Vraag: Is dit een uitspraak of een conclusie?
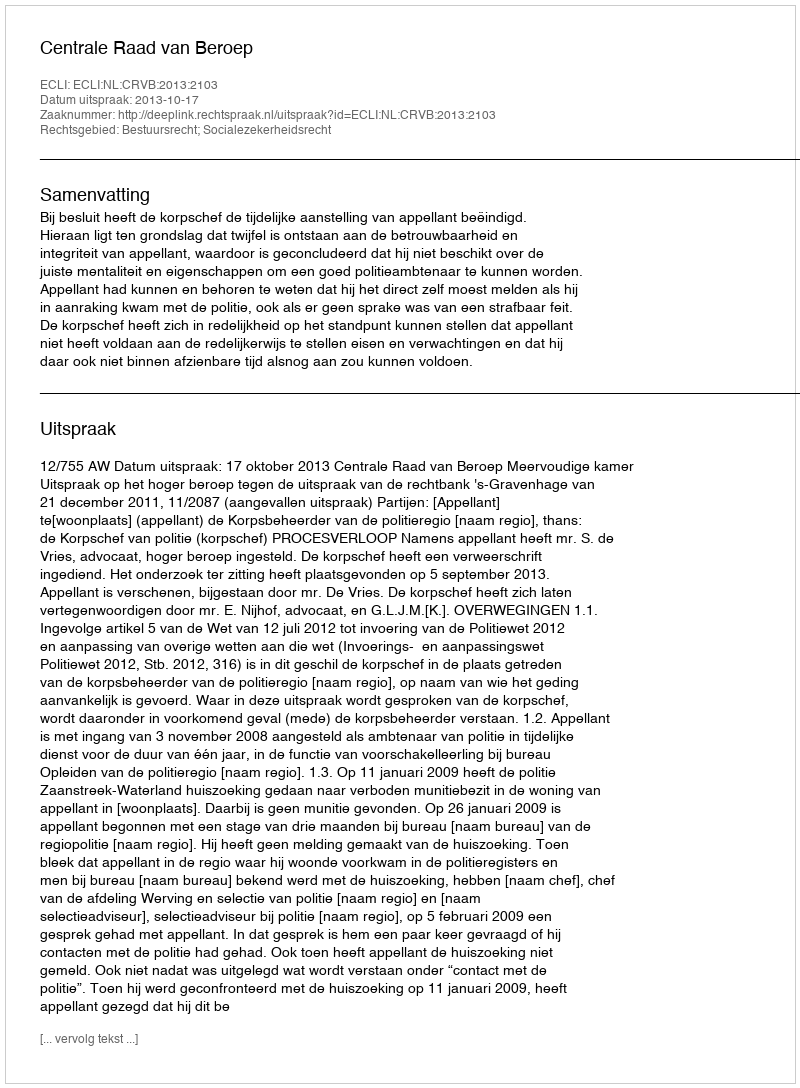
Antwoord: Uitspraak